Vaccination United Provinces of Agra and Oudh 1923-1928 - 1923-1928
Year: 1923
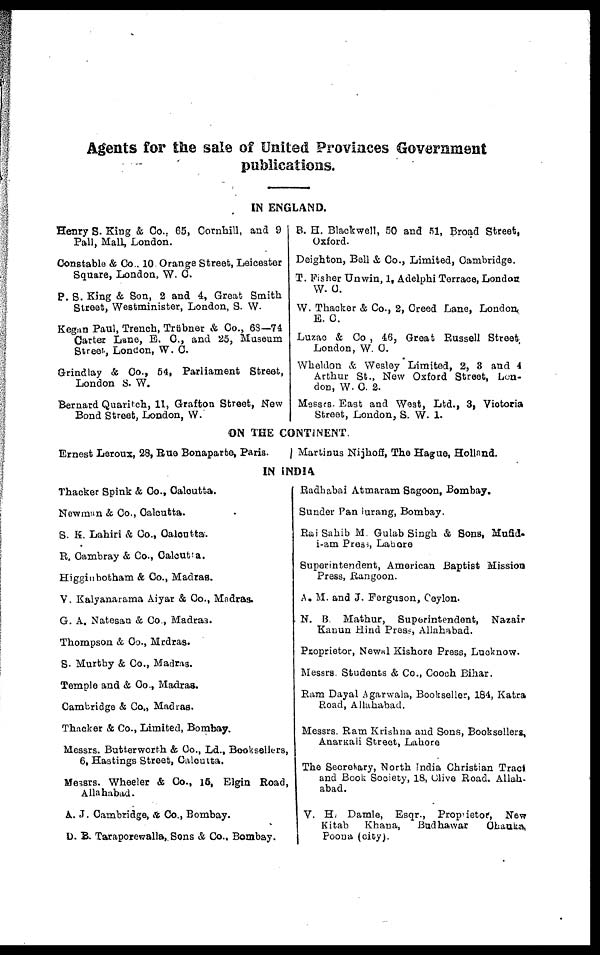
Agents for the sale of United Provinces Government
publications.
IN ENGLAND.
Henry S. King & Co., 65, Cornhill, and 9
Pall, Mall, London.
Constable & Co., 10. Orange Street, Leicester
Square, London, W. C.
P. S. King & Son, 2 and 4, Great Smith
Street, Westminister, London, S. W.
Kegan Paul, Trench, Trübner & Co., 68—74
Carter Lane, E. C., and 25, Museum
Street, London, W. C.
Grindlay & Co., 54, Parliament Street,
London S. W.
Bernard Quaritch, 11, Grafton Street, New
Bond Street, London, W.
B. H. Blackwell, 50 and 51, Broad Street,
Oxford.
Deighton, Bell & Co., Limited, Cambridge.
T. Fisher Unwin, 1, Adelphi Terrace, London
W. C.
W. Thacker & Co., 2, Creed Lane, London,
E. C.
Luzac & Co , 46, Great Russell Street
London, W. C.
Wheldon & Wesley Limited, 2, 3 and 4
Arthur St., New Oxford Street, Lon-
don, W. C. 2.
Messrs. East and West, Ltd., 3, Victoria
Street, London, S. W. I.
ON THE CONTINENT.
Ernest Leroux, 28, Rue Bonaparte, Paris.
Martinus Nijhoff, The Hague, Holland.
IN INDIA
Thacker Spink & Co., Calcutta.
Newman & Co., Calcutta.
S. K. Lahiri & Co., Calcutta.
R. Cambray & Co., Calcutta.
Higginbotham & Co., Madras.
V. Kalyanarama Aiyar & Co., Madras.
G. A. Natesan & Co., Madras.
Thompson & Co., Mrdras.
S. Murthy & Co., Madras.
Temple and & Co., Madras.
Cambridge & Co., Madras.
Thacker & Co., Limited, Bombay.
Messrs. Butterworth & Co., Ld., Booksellers,
6, Hastings Street, Calcutta.
Messrs. Wheeler & Co., 15, Elgin Road,
Allahabad.
A. J. Cambridge, & Co., Bombay.
D. B. Taraporewalla,. Sons & Co., Bombay.
Radhabai Atmaram Sagoon, Bombay.
Sunder Pandurang, Bombay.
Rai Sahib M. Gulab Singh & Sons, Mufid-
i-am Press, Lahore
Superintendent, American Baptist Mission
Press, Rangoon.
A. M. and J. Ferguson, Ceylon.
N. B. Mathur, Superintendent, Nazair
Kanun Hind Press, Allahabad.
Proprietor, Newal Kishore Press, Lucknow.
Messrs. Students & Co., Cooch Bihar.
Ram Dayal Agarwala, Bookseller, 184, Katra
Road, Allahabad.
Messrs. Ram Krishna and Sons, Booksellers,
Anarkali Street, Lahore
The Secretary, North India Christian Tract
and Book Society, 18, Clive Road. Allah-
abad.
V. H. Damle, Esqr., Proprietor, New
Kitab
Khana,
Budhawar
Chauke.
Poona (city).